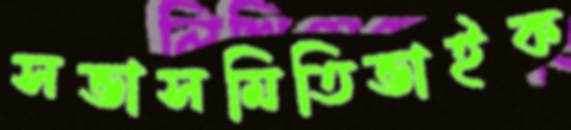
সভাসমিতিভাইক